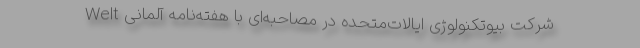
شرکت بیوتکنولوژی ایالات‌متحده در مصاحبه‌ای با هفته‌نامه آلمانی Welt